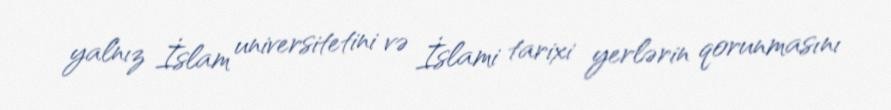
yalnız İslam universitetini və İslami tarixi yerlərin qorunmasını